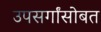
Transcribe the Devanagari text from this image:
उपसर्गांसोबत